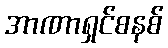
အာဏာရှင်စနစ်